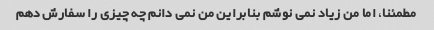
مطمئنا، اما من زیاد نمی نوشم بنابراین من نمی دانم چه چیزی را سفارش دهم